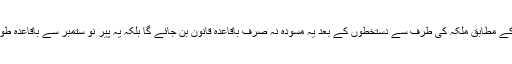
ہاؤس آف لارڈز کے ایک بیان کے مطابق ملکہ کی طرف سے دستخطوں کے بعد یہ مسودہ نہ صرف باقاعدہ قانون بن جائے گا بلکہ یہ پیر نو ستمبر سے باقاعدہ طور پر نافذالعمل بھی ہو جائے گا۔